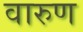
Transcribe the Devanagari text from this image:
वारुण